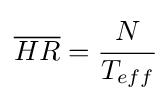
{\overline {HR}}={\cfrac {N}{T_{eff}}}